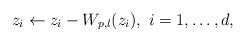
LaTeX: \begin{align*}z_i\leftarrow z_i-W_{p,l}(z_i),~i=1,\dots,d,\end{align*}